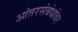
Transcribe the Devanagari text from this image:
आंतरसंबंधांवर